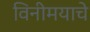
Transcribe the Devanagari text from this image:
विनीमयाचे